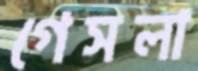
গেসলা